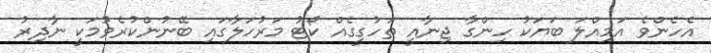
އެހެންވެ އަމިއްލަ ބަޔަކު ހިންގާ ޖިނާއީ ތަހުގީގެއް ކޯޓު މަރުހަލާގައި ބޭނުންކުރެވުމަކީ ނާދިރު